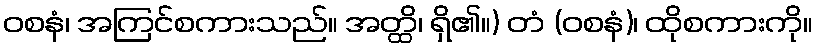
ဝစနံ၊ အကြင်စကားသည်။ အတ္ထိ၊ ရှိ၏။) တံ (ဝစနံ)၊ ထိုစကားကို။